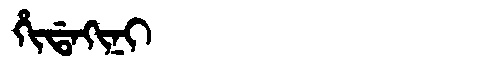
Manchu: ᡥᡳᡩᠠᡴᡳᠨᡳ
Romanization: HIDAKINI